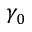
\gamma _ { 0 }